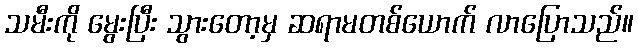
သမီးကို မွေးပြီး သွားတော့မှ ဆရာမတစ်ယောက် လာပြောသည်။